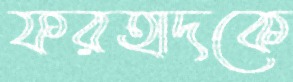
ফরহাদকে